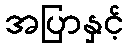
အပြာနှင့်